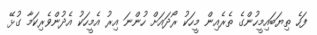
ފަހެ ތިޔަބައިމީހުންގެ ތެރެއިން މީހަކު ރޯދައަށް ހުންނަ އިރު އެމީހަކު އެދުންވެރިކަމާ ގުޅޭ